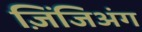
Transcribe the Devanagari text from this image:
ज़िंजिअंग